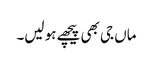
ماں جی بھی پیچھے ہو لیں۔